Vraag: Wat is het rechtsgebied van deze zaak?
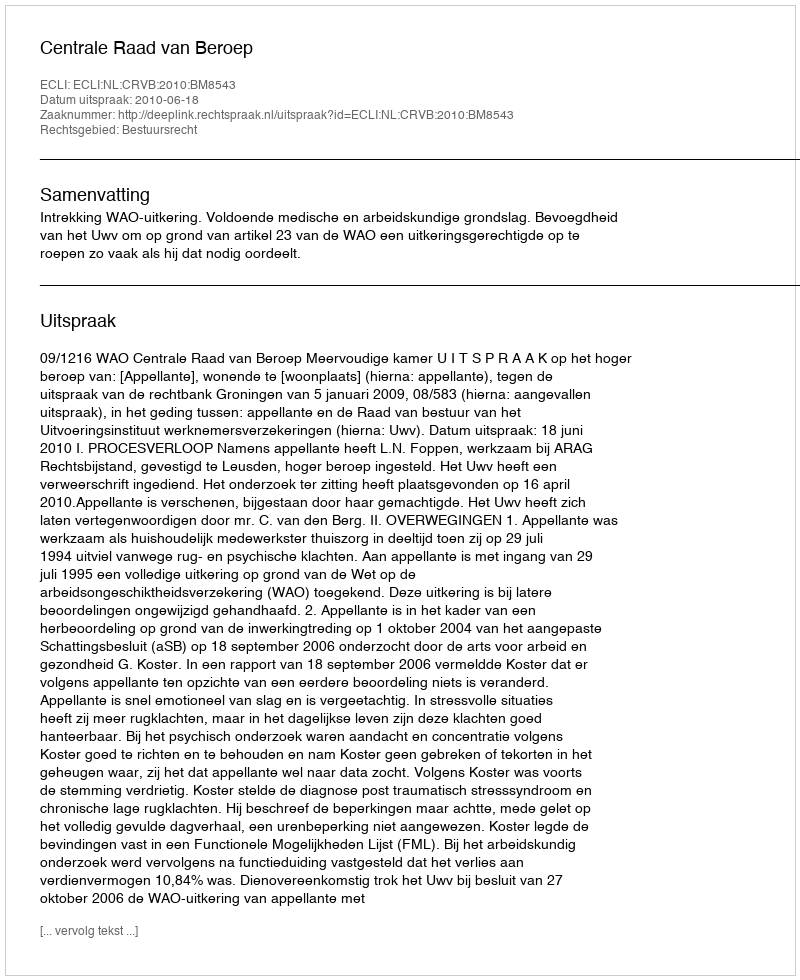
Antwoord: Bestuursrecht